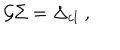
LaTeX: \mathcal { G } \Sigma = \Delta _ { \mathrm { c l } } \; ,